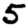
Digit: 5